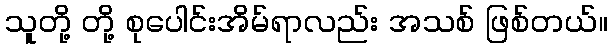
သူတို့ တို့ စုပေါင်းအိမ်ရာလည်း အသစ် ဖြစ်တယ်။